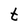
Character: t